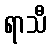
ရာသီ